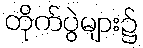
တိုက်ပွဲများ၌